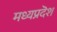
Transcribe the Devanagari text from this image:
मध्यप्रदॆश